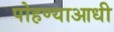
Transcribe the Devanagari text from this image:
पोहण्याआधी